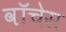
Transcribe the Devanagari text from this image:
वॉचेस